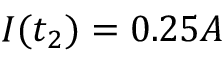
I ( t _ { 2 } ) = 0 . 2 5 A